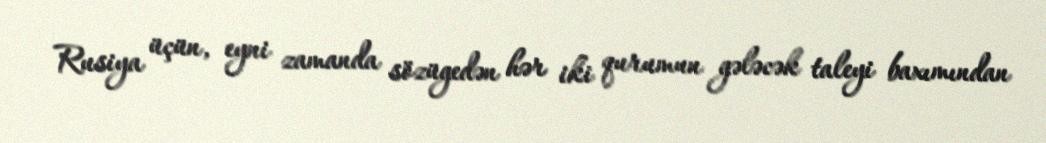
Rusiya üçün, eyni zamanda sözügedən hər iki qurumun gələcək taleyi baxımından